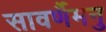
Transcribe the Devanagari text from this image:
सावर्णैमनु